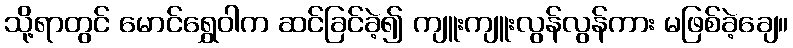
သို့ရာတွင် မောင်ရွှေဝါက ဆင်ခြင်ခဲ့၍ ကျူးကျူးလွန်လွန်ကား မဖြစ်ခဲ့ချေ။